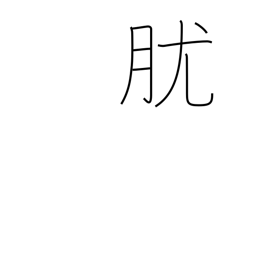
Meaning: papule